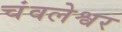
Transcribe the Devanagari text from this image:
चंवलेश्वर